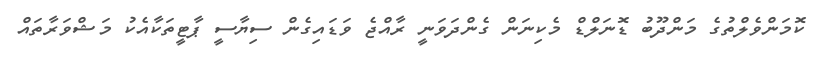
ކޮމަންވެލްތުގެ މަންދޫބު ޑޮނަލްޑް މެކިނަން ގެންދަވަނީ ރާއްޖެ ވަޑައިގެން ސިޔާސީ ޕާޓީތަކާއެކު މަޝްވަރާތައް